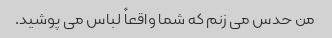
من حدس می زنم که شما واقعاً لباس می پوشید.